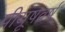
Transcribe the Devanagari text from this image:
पीयूषवर्ष